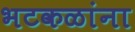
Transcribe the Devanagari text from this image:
भटकळांना